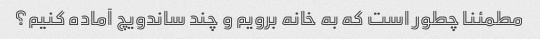
مطمئنا چطور است که به خانه برویم و چند ساندویچ آماده کنیم؟